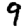
Digit: 9